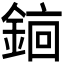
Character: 𬫫